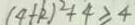
( 4 + k ) ^ { 2 } + 4 \geq 4